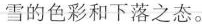
雪的色彩和下落之态。